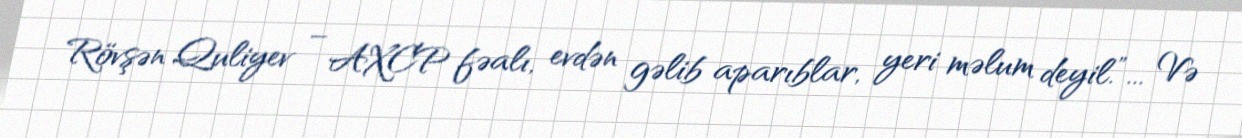
Rövşən Quliyev – AXCP fəalı, evdən gəlib aparıblar, yeri məlum deyil.”... Və